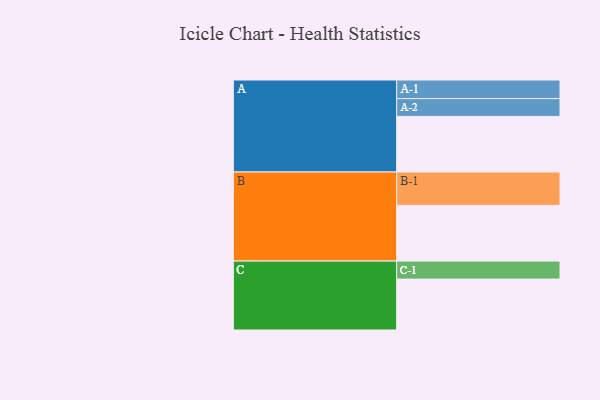
{"axis": {"x": "Segment", "y": "Value"}, "legend": ["", "A", "B", "C"], "data": [{"x": "A", "y": 472, "type": ""}, {"x": "B", "y": 473, "type": ""}, {"x": "C", "y": 432, "type": ""}, {"x": "A-1", "y": 158, "type": "A"}, {"x": "A-2", "y": 151, "type": "A"}, {"x": "B-1", "y": 283, "type": "B"}, {"x": "C-1", "y": 153, "type": "C"}]}